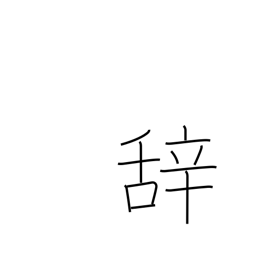
Meaning: term